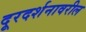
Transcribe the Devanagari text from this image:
दूरदर्शनावरील